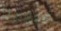
ضيوفنا